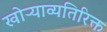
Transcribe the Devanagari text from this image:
खोऱ्याव्यतिरिक्त